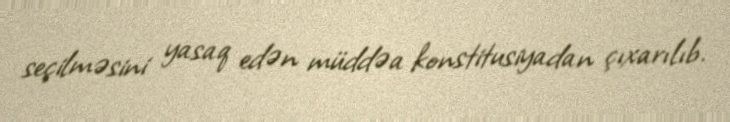
seçilməsini yasaq edən müddəa konstitusiyadan çıxarılıb.